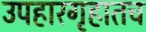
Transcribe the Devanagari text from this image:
उपहारगृहातच